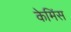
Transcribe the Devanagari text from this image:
केमिंस